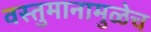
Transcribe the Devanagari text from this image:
वस्तुमानामुळेच